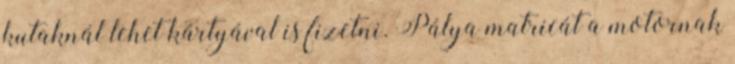
kutaknál lehet kártyával is fizetni. Pálya matricát a motornak